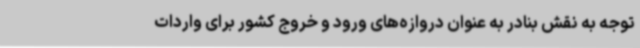
توجه به نقش بنادر به عنوان دروازه‌های ورود و خروج کشور برای واردات